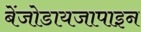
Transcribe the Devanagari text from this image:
बेंजोडायजापाइन